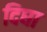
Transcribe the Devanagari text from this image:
दिघा